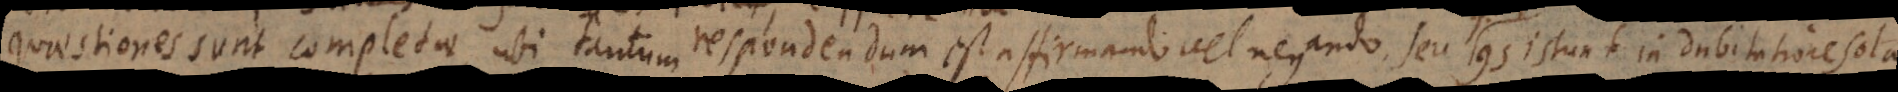
Quaestiones sunt completae, ubi tantum respondendum est affirmando vel negando, seu consistunt in dubitatione sola.